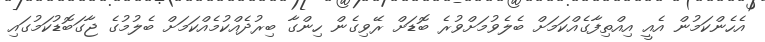
އެހެންކަމުން އެއީ އިއްތިފާގެއްކަމަށް ބެލެވުމަށްވުރެ ބޮޑަށް ރޭވިގެން ހިންގާ ބިރުދެއްކުމެއްކަމަށް ބެލުމުގެ ޖާގަބޮޑުކަމުގައި